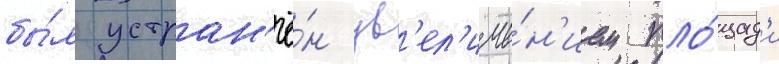
бы́л устран'ё́н ув'ел'иче́н'ием пло́щад'и